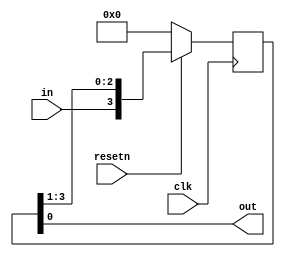
module top_module (
    input clk,
    input resetn,   // synchronous reset
    input in,
    output out);
    
    reg [3:0] q;
    
    assign out = q[0];
	
    always@(posedge clk)begin
        if(!resetn)
            q <= 4'd0;
        else
            q <= {in,q[3:1]};
    end
    
endmodule